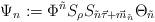
LaTeX: \begin{align*}\Psi_n:=\Phi^{\tilde n}S_\rho S_{\tilde n\vec\tau+\vec m_{\tilde n}}\Theta_{\tilde n}\end{align*}